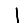
Digit: 1